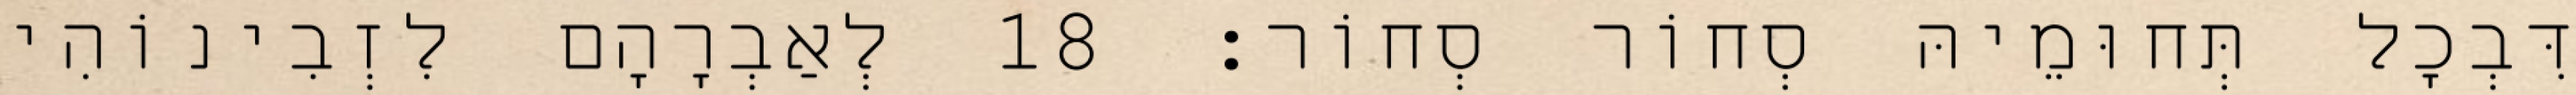
דִּבְכָל תְּחוּמֵיהּ סְחוֹר סְחוֹר׃ 18 לְאַבְרָהָם לִזְבִינוֹהִי